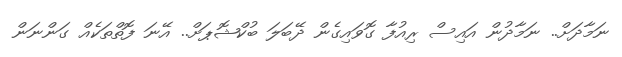
ނަމާދަށް.. ނަމާދުން އައިސް ރިއުފާ ގޮވައިގެން ދޭބަލަ ބުކްޝޮޕަށް.. އޭނަ ފޮތްތަކެއް ގަންނަން